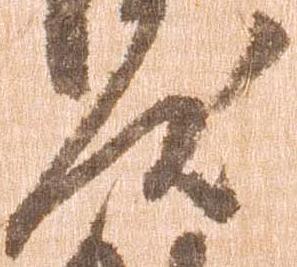
汰